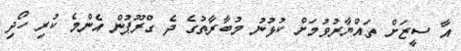
އާ ސީޒަށް ތައްޔާރުވުމަށް ކުޅުނު މުބާރާތުގެ ދެ ގްރޫޕުން އެންމެ ކުރި ހޯދި